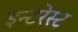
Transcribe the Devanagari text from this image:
इन्टरेस्ट